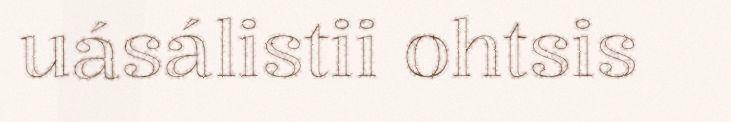
uásálistii ohtsis